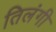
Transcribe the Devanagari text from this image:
तिलंगी